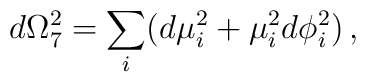
d\Omega_7^2=\sum_i (d\mu_i^2+\mu_i^2 d\phi_i^2)\,,